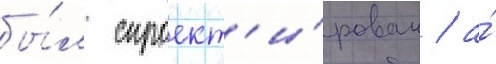
бы́л спроект'и́рован / а́